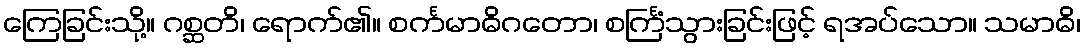
ကြေခြင်းသို့။ ဂစ္ဆတိ၊ ရောက်၏။ စင်္ကမာဓိဂတော၊ စင်္ကြံသွားခြင်းဖြင့် ရအပ်သော။ သမာဓိ၊